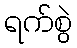
ရက်စွဲ